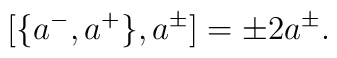
[\{a^-,a^+\},a^\pm]=\pm 2 a^\pm.